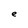
Character: e